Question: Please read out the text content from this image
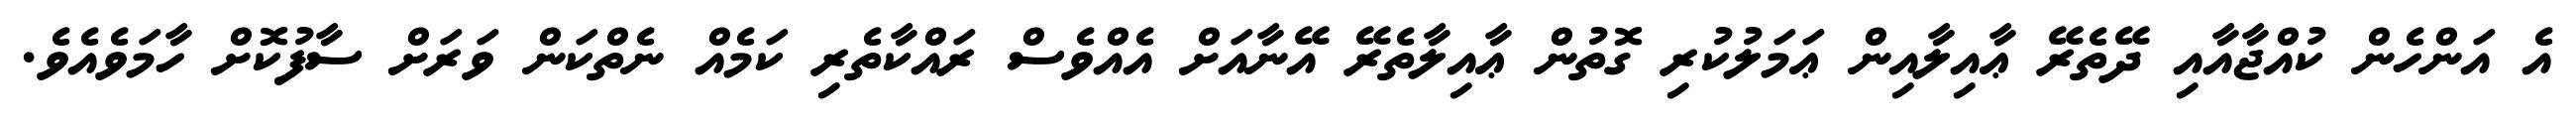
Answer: އެ އަންހެން ކުއްޖާއާއި ދޭތެރޭ ޢާއިލާއިން ޢަމަލުކުރި ގޮތުން ޢާއިލާތެރޭ އޭނާއަށް އެއްވެސް ރައްކާތެރި ކަމެއް ނެތްކަން ވަރަށް ސާފުކޮށް ހާމަވެއެވެ.